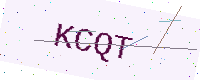
Text: KCQT